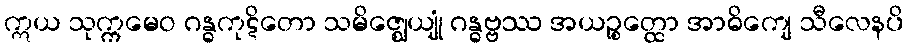
ဣယ သုက္ကမေဝ ဂန္ဓကုဋိတော သမိဇ္ဈေယျုံ ဂန္ဓဗ္ဗဿ အယဉ္စတ္ထော အာဓိကျေ သီလေနပိ